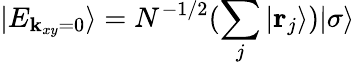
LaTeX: |E_{{\mathbf k}_{xy}=0}\rangle=N^{-1/2}(\sum_{j}|{\mathbf r}_{j}\rangle)|\sigma\rangle